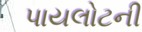
પાયલોટની